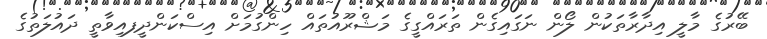
ބޭރުގެ މާލީ އިދާރާތަކުން ލޯން ނަގައިގެން ތަރައްގީގެ މަޝްރޫއުތައް ހިންގުމަށް އިސްކަންދީފއިވާތީ ދައުލަތުގެ